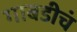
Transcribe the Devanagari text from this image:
गाबडीचं